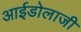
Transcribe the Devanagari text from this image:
आईडोलाजी